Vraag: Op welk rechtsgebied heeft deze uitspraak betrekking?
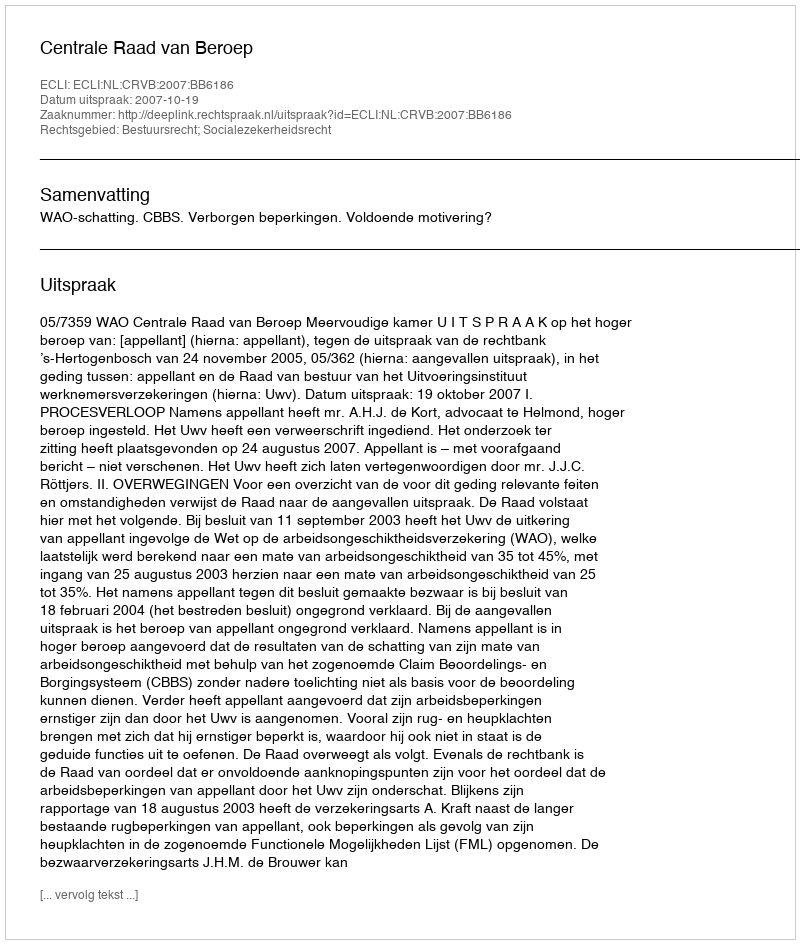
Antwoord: Bestuursrecht; Socialezekerheidsrecht